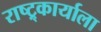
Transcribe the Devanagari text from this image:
राष्ट्र्कार्याला